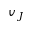
v _ { J }